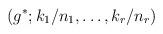
LaTeX: \begin{align*}\left( g^{*};k_{1}/n_{1},\ldots ,k_{r}/n_{r}\right)\end{align*}